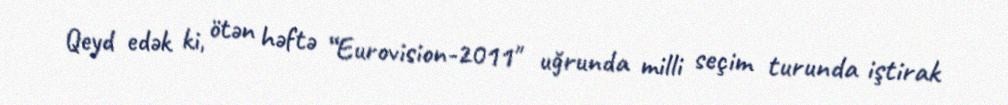
Qeyd edək ki, ötən həftə “Eurovision-2011" uğrunda milli seçim turunda iştirak